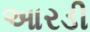
આરડી